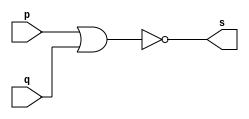
// ----------------
// Exemplo0007 - NOR
// Nome: Josemar Alves Caetano
// Matrcula: 448662
// Data: 02/08/2012
// ----------------

// ----------------
// -- nor gate
// ----------------
module norgate(output s, input p, input q);
 assign s = (~(p | q));
endmodule

// ----------------
// -- test nor gate
// ----------------
module testnorgate;

// ---------------- Dados locais
 reg a, b; //Definir registradores 
 wire s; //Definir conexo (fio)
 
// ---------------- Intncia
 norgate NOR1(s, a, b);
 
// ---------------- Preparao
 initial begin:start
  a = 0; b = 0;
 end
 
// ---------------- Parte principal
 initial begin:main
   $display("Exemplo0007 - Josemar Alves Caetano - 448662");
   $display("Teste NOR gate.");
   $display("\t~(a | b)\n");
  
   $monitor("\t~(%b | %b) = %b", a, b, s);
  #1 a = 0; b = 1;
  #1 a = 1; b = 0;
  #1 a = 1; b = 1;
 
 end//main

endmodule //testnorgate